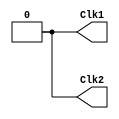
/* Generates and outputs the two phase overlapping clock */

`timescale 1 ns / 1 ns

module clock_source (Clk1, Clk2);
  output reg Clk1, Clk2;
  
  initial begin
    Clk1 = 1'b0;
    Clk2 = 1'b0;
  end
  
  // Clk 1
  always begin
    #1 Clk1 = 1'b1;
    #1 Clk1 = 1'b0;
    #2;
  end
  
  // Clk 2
  always begin
    #3 Clk2 = 1'b1;
    #1 Clk2 = 1'b0; 
  end
endmodule